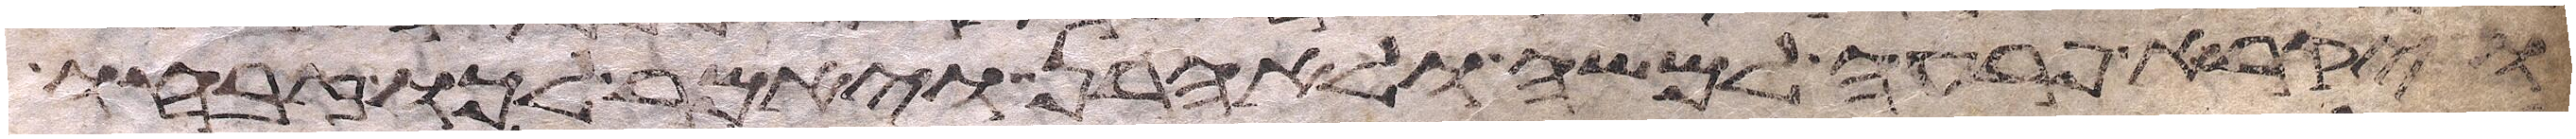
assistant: ויקרא פרעה למשה ולאהרן ויאמר לכו זבחו